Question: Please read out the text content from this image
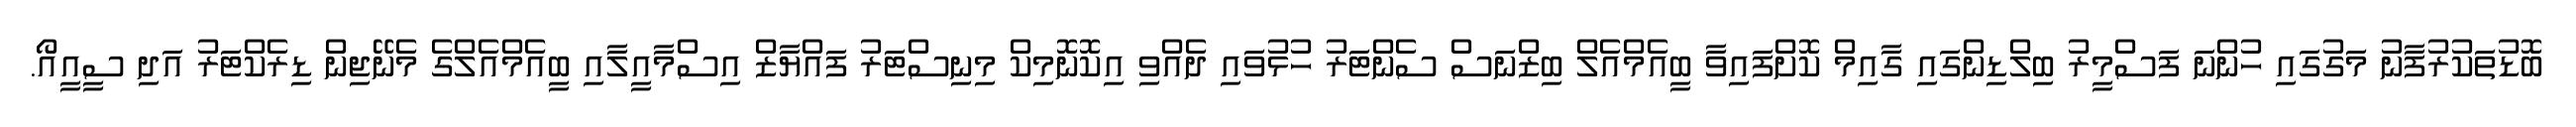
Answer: ބޮޑުތަކުރުފާނު މަގުގައި ހުންނަ ފަސްމީރު ބިލްޑިންގައި ގާއިމް ކޮށްފައިވާ ބީއެމްއެލް ބިޒްނަސް ސެންޓަރު ހުޅުވައި ދެއްވި އިކޮނޮމިކް މިނިސްޓަރު ފައްޔާޒް އިސްމާއީލާއި ބީއެމްއެލްގެ މެނޭޖިން ޑިރެކްޓަރު އަދި ސީއީއޯ.